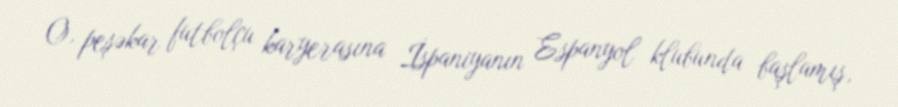
O, peşəkar futbolçu karyerasına İspaniyanın Espanyol klubunda başlamış,